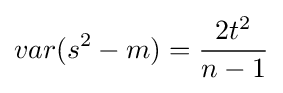
var(s^{2}-m)={\frac {2t^{2}}{n-1}}